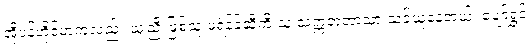
အိုပဲန်ဟိုင်မာကလည်း သူ့ညီ ဖြစ်သူ ဖရဲန့်ခ်ဆီကို သူ သက္ကတဘာသာ သင်ယူနေတယ်၊ ပျော်ရွှင်